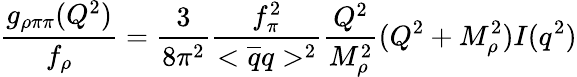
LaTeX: \frac{g_{\rho\pi\pi}(Q^{2})}{f_{\rho}}=\frac{3}{8\pi^{2}}\frac{f_{\pi}^{2}}{<\overline{{{q}}}q>^{2}}\frac{Q^{2}}{M_{\rho}^{2}}(Q^{2}+M_{\rho}^{2})I(q^{2})